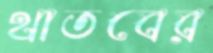
থাতবের